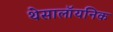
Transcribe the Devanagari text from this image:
थेसालॉयनिक